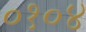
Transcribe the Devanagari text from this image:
०१०४